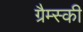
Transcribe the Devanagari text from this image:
ग्रैम्स्की